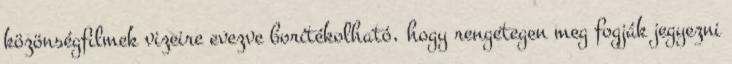
közönségfilmek vizeire evezve borítékolható, hogy rengetegen meg fogják jegyezni